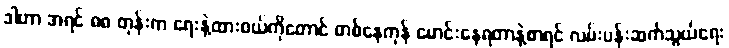
ဒါဟာ အရင် ၈၈ တုန်းက ရေးနဲ့ထားဝယ်ကိုတောင် တစ်နေကုန် မောင်းနေရတာနဲ့စာရင် လမ်းပန်းဆက်သွယ်ရေး